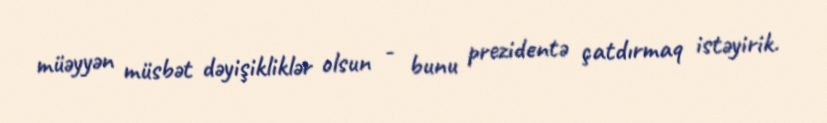
müəyyən müsbət dəyişikliklər olsun - bunu prezidentə çatdırmaq istəyirik.